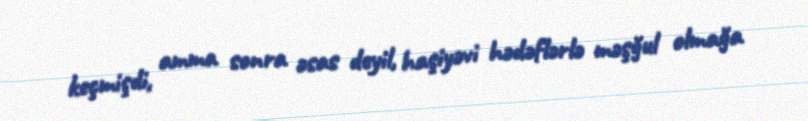
keçmişdi, amma sonra əsas deyil, haşiyəvi hədəflərlə məşğul olmağa